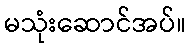
မသုံးဆောင်အပ်။